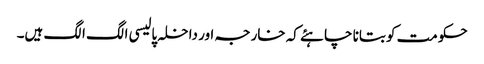
حکومت کو بتانا چاہئے کہ خارجہ اور داخلہ پالیسی الگ الگ ہیں۔